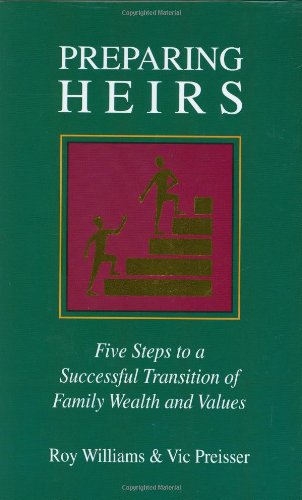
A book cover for Preparing Heirs: Five Steps to a Successful Transition of Family Wealth and Values; Roy Williams; Politics & Social Sciences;